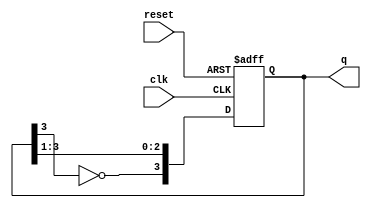
module johnson_counter (
    input wire clk,          // Clock input
    input wire reset,        // Reset input
    output reg [3:0] q       // 4-bit output representing the state of the counter
);

    // Initial state of the counter
    initial begin
        q = 4'b0000;         // Start with all bits reset
    end

    // State transition logic
    always @(posedge clk or posedge reset) begin
        if (reset) begin
            q <= 4'b0000;     // Reset the counter to initial state
        end else begin
            // Shift and feedback logic for Johnson counter
            q <= {~q[3], q[3:1]}; // Invert the last bit and shift
        end
    end

endmodule